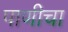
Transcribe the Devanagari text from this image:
पाणीचा